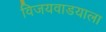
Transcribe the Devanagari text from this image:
विजयवाडयाला